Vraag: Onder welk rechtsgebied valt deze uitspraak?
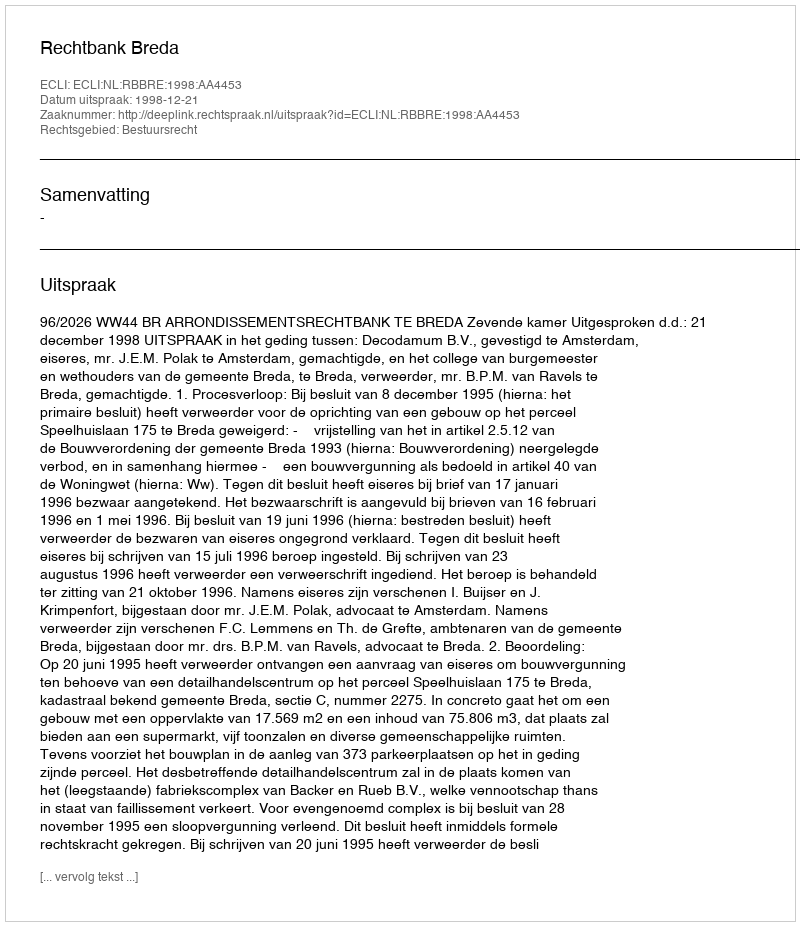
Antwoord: Bestuursrecht